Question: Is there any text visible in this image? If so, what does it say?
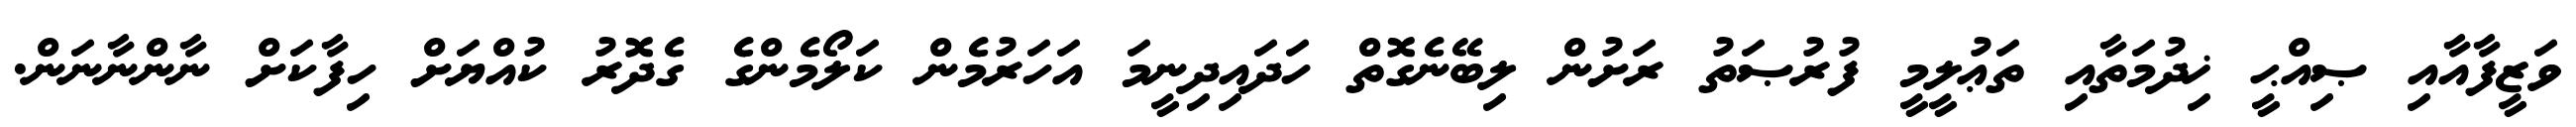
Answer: ވަޒީފާއާއި ޞިއްޙީ ޚިދުމަތާއި ތަޢުލީމީ ފުރުޞަތު ރަށުން ލިބޭނެގޮތް ހަދައިދިނީމަ އަހަރުމެން ކަލޯމެންގެ ގެދޮރު ކުއްޔަށް ހިފާކަށް ނާންނާނަން.